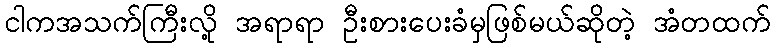
ငါကအသက်ကြီးလို့ အရာရာ ဦးစားပေးခံမှဖြစ်မယ်ဆိုတဲ့ အံတထက်